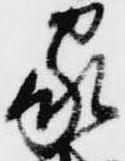
家